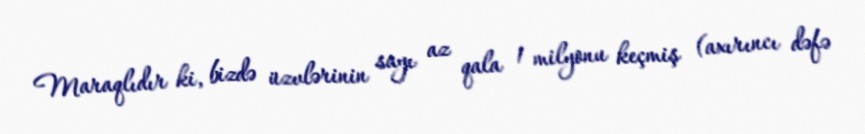
Maraqlıdır ki, bizdə üzvlərinin sayı az qala 1 milyonu keçmiş (axırıncı dəfə